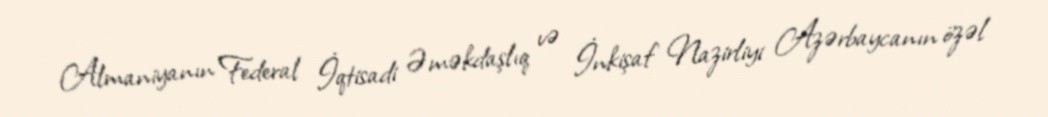
Almaniyanın Federal İqtisadi Əməkdaşlıq və İnkişaf Nazirliyi Azərbaycanın özəl